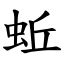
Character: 蚯